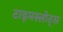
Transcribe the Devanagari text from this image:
टाइमस्लोट्स